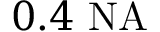
0 . 4 ~ \mathrm { N A }